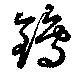
鵭